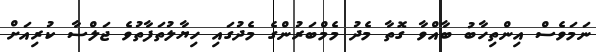
ނަމަވެސް އިންތިހާބު ބާއްވާ ގޮތާ މެދު މެމްބަރުންގެ މެދުގައި ހިޔާލުތަފާތުވެ ޖަލްސާ ކުރިއަށް